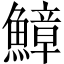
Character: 鱆